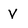
Character: V